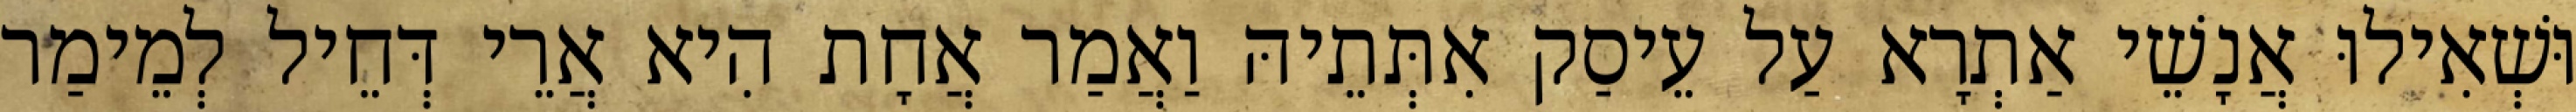
וּשְׁאִילוּ אֲנָשֵׁי אַתְרָא עַל עֵיסַק אִתְּתֵיהּ וַאֲמַר אֲחָת הִיא אֲרֵי דְּחֵיל לְמֵימַר